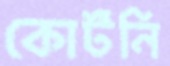
কোর্টনি